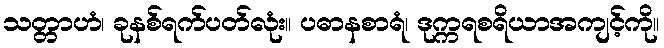
သတ္တာဟံ၊ ခုနစ်ရက်ပတ်လုံး။ ပဓာနစာရံ၊ ဒုက္ကရစရိယာအကျင့်ကို။